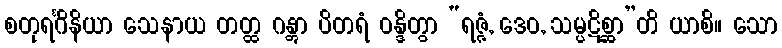
စတုရင်္ဂိနိယာ သေနာယ တတ္ထ ဂန္တွာ ပိတရံ ဝန္ဒိတွာ “ရဇ္ဇံ, ဒေဝ, သမ္ပဋိစ္ဆာ”တိ ယာစိ။ သော